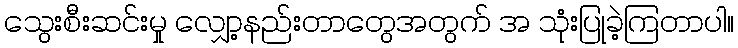
သွေးစီးဆင်းမှု လျှော့နည်းတာတွေအတွက် အ သုံးပြုခဲ့ကြတာပါ။